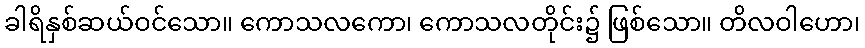
ခါရိနှစ်ဆယ်ဝင်သော။ ကောသလကော၊ ကောသလတိုင်း၌ ဖြစ်သော။ တိလဝါဟော၊